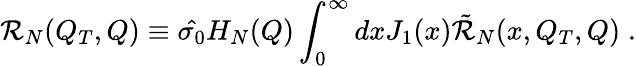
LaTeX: {\cal R}_{N}(Q_{T},Q)\equiv\hat{\sigma_{0}}H_{N}(Q)\int_{0}^{\infty}dxJ_{1}(x){\tilde{\cal R}}_{N}(x,Q_{T},Q)\; .